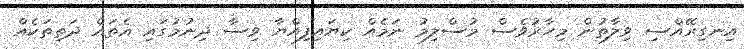
އިނގިރޭއްސި ވިލާތުން މިހާރުވެސް މުސްލިމު ނަމެއް ކިޔައިފިއްޔާ ވިސާ ދިނުމުގައި އެތައް ދަތިތަކެއް